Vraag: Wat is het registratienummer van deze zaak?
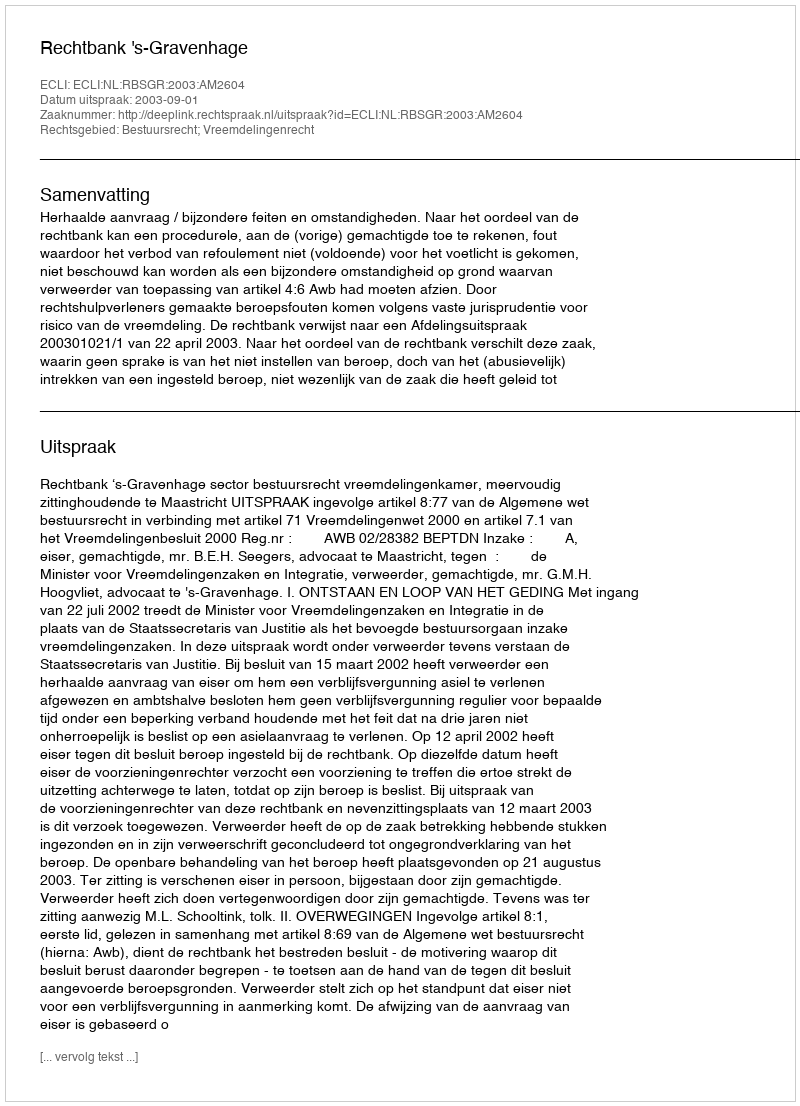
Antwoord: http://deeplink.rechtspraak.nl/uitspraak?id=ECLI:NL:RBSGR:2003:AM2604